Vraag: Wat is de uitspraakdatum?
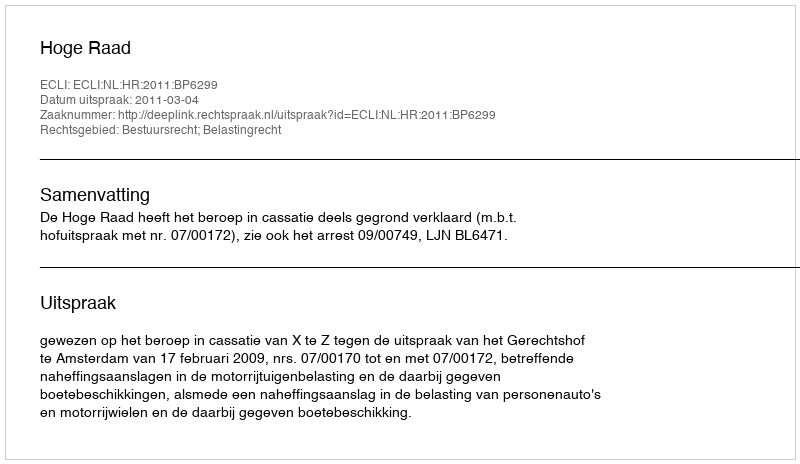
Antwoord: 2011-03-04